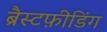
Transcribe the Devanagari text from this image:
ब्रैस्टफ़ीडिंग